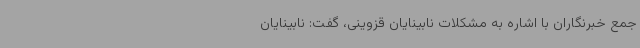
جمع خبرنگاران با اشاره به مشکلات نابینایان قزوینی، گفت: نابینایان